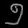
Digit: ၅